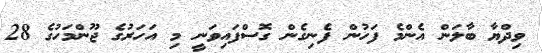
ވިދްޔާ ބާލަން އެންމެ ފަހުން ފެނިގެން ގޮސްފައިވަނީ މި އަހަރުގެ ޖޫންމަހުގެ 28